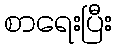
စာရေးပြီး